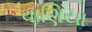
વાણિયા